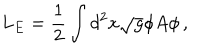
LaTeX: L _ { E } = \frac { 1 } { 2 } \int d ^ { 2 } x \sqrt { g } \phi A \phi \, ,